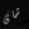
شاى